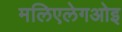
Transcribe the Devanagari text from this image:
मलिएलेगओइ